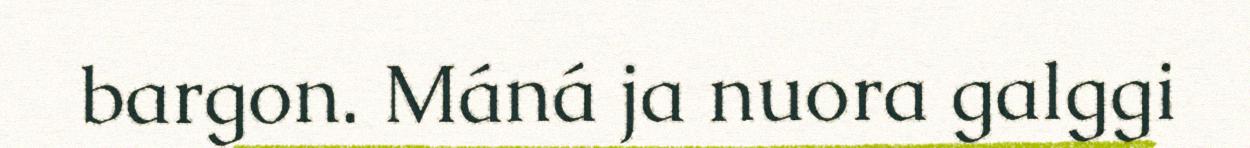
bargon. Máná ja nuora galggi